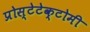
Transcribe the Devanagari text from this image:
प्रोस्टेटेक्टोमी